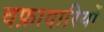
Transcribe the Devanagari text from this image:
वफ़ादारियों